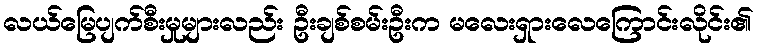
လယ်မြေပျက်စီးမှုများလည်း ဦးချစ်စမ်းဦးက မလေးရှားလေကြောင်းလိုင်း၏